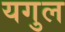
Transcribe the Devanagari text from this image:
यगुल